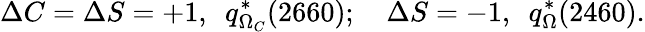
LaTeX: \Delta C=\Delta S=+1\mathrm{,~\ }q_{\Omega_{C}}^{\ast}(2660)\mathrm{;\ \ \ \ }\Delta S=-1\mathrm{,~\ }q_{\Omega}^{\ast}(2460)\mathrm{.}